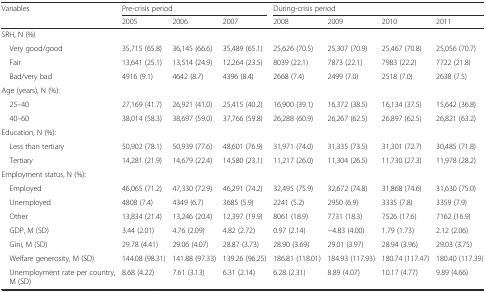
<table><thead><tr><td rowspan="2"><b>Variables</b></td><td colspan="3"><b>Pre-crisis period</b></td><td colspan="4"><b>During-crisis period</b></td></tr><tr><td><b>2005</b></td><td><b>2006</b></td><td><b>2007</b></td><td><b>2008</b></td><td><b>2009</b></td><td><b>2010</b></td><td><b>2011</b></td></tr></thead><tbody><tr><td colspan="8">SRH, N (%)</td></tr><tr><td>ᅟVery good/good</td><td>35,715 (65.8)</td><td>36,145 (66.6)</td><td>35,489 (65.1)</td><td>25,626 (70.5)</td><td>25,307 (70.9)</td><td>25,467 (70.8)</td><td>25,056 (70.7)</td></tr><tr><td>ᅟFair</td><td>13,641 (25.1)</td><td>13,514 (24.9)</td><td>12,264 (23.5)</td><td>8039 (22.1)</td><td>7873 (22.1)</td><td>7983 (22.2)</td><td>7722 (21.8)</td></tr><tr><td>ᅟBad/very bad</td><td>4916 (9.1)</td><td>4642 (8.7)</td><td>4396 (8.4)</td><td>2668 (7.4)</td><td>2499 (7.0)</td><td>2518 (7.0)</td><td>2638 (7.5)</td></tr><tr><td colspan="8">Age (years), N (%):</td></tr><tr><td>ᅟ25–40</td><td>27,169 (41.7)</td><td>26,921 (41.0)</td><td>25,415 (40.2)</td><td>16,900 (39.1)</td><td>16,372 (38.5)</td><td>16,134 (37.5)</td><td>15,642 (36.8)</td></tr><tr><td>ᅟ40–60</td><td>38,014 (58.3)</td><td>38,697 (59.0)</td><td>37,766 (59.8)</td><td>26,288 (60.9)</td><td>26,267 (62.5)</td><td>26,897 (62.5)</td><td>26,821 (63.2)</td></tr><tr><td>Education, N (%):</td><td></td><td></td><td></td><td></td><td></td><td></td><td></td></tr><tr><td>ᅟLess than tertiary</td><td>50,902 (78.1)</td><td>50,939 (77.6)</td><td>48,601 (76.9)</td><td>31,971 (74.0)</td><td>31,335 (73.5)</td><td>31,301 (72.7)</td><td>30,485 (71.8)</td></tr><tr><td>ᅟTertiary</td><td>14,281 (21.9)</td><td>14,679 (22.4)</td><td>14,580 (23.1)</td><td>11,217 (26.0)</td><td>11,304 (26.5)</td><td>11,730 (27.3)</td><td>11,978 (28.2)</td></tr><tr><td>Employment status, N (%):</td><td></td><td></td><td></td><td></td><td></td><td></td><td></td></tr><tr><td>ᅟEmployed</td><td>46,065 (71.2)</td><td>47,330 (72.9)</td><td>46,291 (74.2)</td><td>32,495 (75.9)</td><td>32,672 (74.8)</td><td>31,868 (74.6)</td><td>31,630 (75.0)</td></tr><tr><td>ᅟUnemployed</td><td>4808 (7.4)</td><td>4349 (6.7)</td><td>3685 (5.9)</td><td>2241 (5.2)</td><td>2950 (6.9)</td><td>3335 (7.8)</td><td>3359 (7.9)</td></tr><tr><td>ᅟOther</td><td>13,834 (21.4)</td><td>13,246 (20.4)</td><td>12,397 (19.9)</td><td>8061 (18.9)</td><td>7731 (18.3)</td><td>7526 (17.6)</td><td>7162 (16.9)</td></tr><tr><td>ᅟGDP, M (SD)</td><td>3.44 (2.01)</td><td>4.76 (2.09)</td><td>4.82 (2.72)</td><td>0.97 (2.14)</td><td>−4.83 (4.00)</td><td>1.79 (1.73)</td><td>2.12 (2.06)</td></tr><tr><td>ᅟGini, M (SD)</td><td>29.78 (4.41)</td><td>29.06 (4.07)</td><td>28.87 (3.73)</td><td>28.90 (3.69)</td><td>29.01 (3.97)</td><td>28.94 (3.96)</td><td>29.03 (3.75)</td></tr><tr><td>ᅟWelfare generosity, M (SD)</td><td>144.08 (98.31)</td><td>141.88 (97.33)</td><td>139.26 (96.25)</td><td>186.81 (118.01)</td><td>184.93 (117.93)</td><td>180.74 (117.47)</td><td>180.40 (117.39)</td></tr><tr><td>ᅟUnemployment rate per country, M (SD)</td><td>8.68 (4.22)</td><td>7.61 (3.13)</td><td>6.31 (2.14)</td><td>6.28 (2.31)</td><td>8.89 (4.07)</td><td>10.17 (4.77)</td><td>9.89 (4.66)</td></tr></tbody></table>